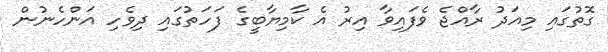
ގޮތުގައި މިއަދު ރާއްޖެ ވެފައިވާ އިރު އެ ކާމިޔާބީގެ ފަހަތުގައި ދިވެހި އަންހެނުން